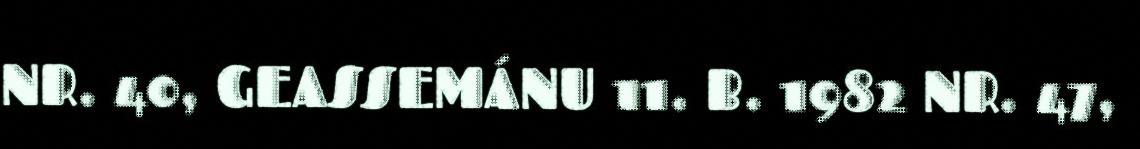
NR. 40, GEASSEMÁNU 11. B. 1982 NR. 47,